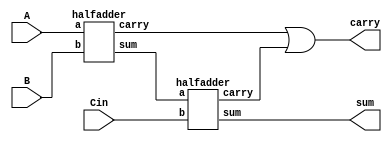
module fulladder(
	input A,
	input B,
	input Cin,
	output sum,
	output carry);

wire S1,C1,C2;
halfadder HA1(A,B,S1,C1);
halfadder HA2(S1,Cin,sum,C2);
assign carry = C1||C2;

endmodule


//Halfadder module
module halfadder(
	input a,
	input b,
	output wire sum,
	output wire carry);

assign sum = a^b;
assign carry = a&b;

endmodule